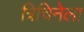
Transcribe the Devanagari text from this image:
त्रिचिनेला